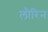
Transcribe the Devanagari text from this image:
लौरिन